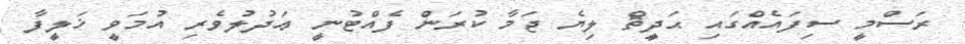
ރަސްމީ ސިފައެއްގައި ޙަދީޘް ލިޔެ ޖަމާ ކުރަން ފެއްޓުނީ ޢަދުލުވެރި އުމަވީ ޚަލީފާ